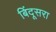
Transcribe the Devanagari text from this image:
बिंदूसरा